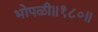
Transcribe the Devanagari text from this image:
भोपळी॥१८०॥